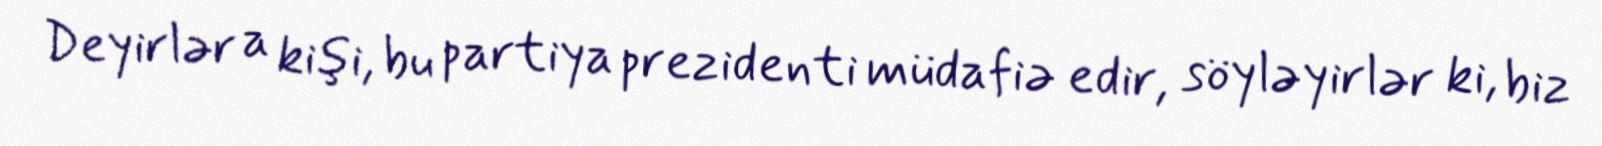
Deyirlər a kişi, bu partiya prezidenti müdafiə edir, söyləyirlər ki, biz